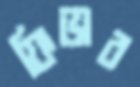
ফিভার